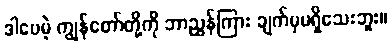
ဒါပေမဲ့ ကျွန်တော်တို့ကို ဘာညွှန်ကြား ချက်မှမရှိသေးဘူး။